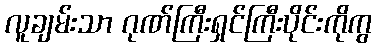
လူချမ်းသာ ဂုဏ်ကြီးရှင်ကြီးပိုင်းကိုကွ